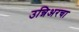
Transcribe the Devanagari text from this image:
उन्निअरचा